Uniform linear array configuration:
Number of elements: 32
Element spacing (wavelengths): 0.5
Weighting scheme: exponential
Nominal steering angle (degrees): -60
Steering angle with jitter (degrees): -61.421
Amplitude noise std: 0.05
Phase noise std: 0.05

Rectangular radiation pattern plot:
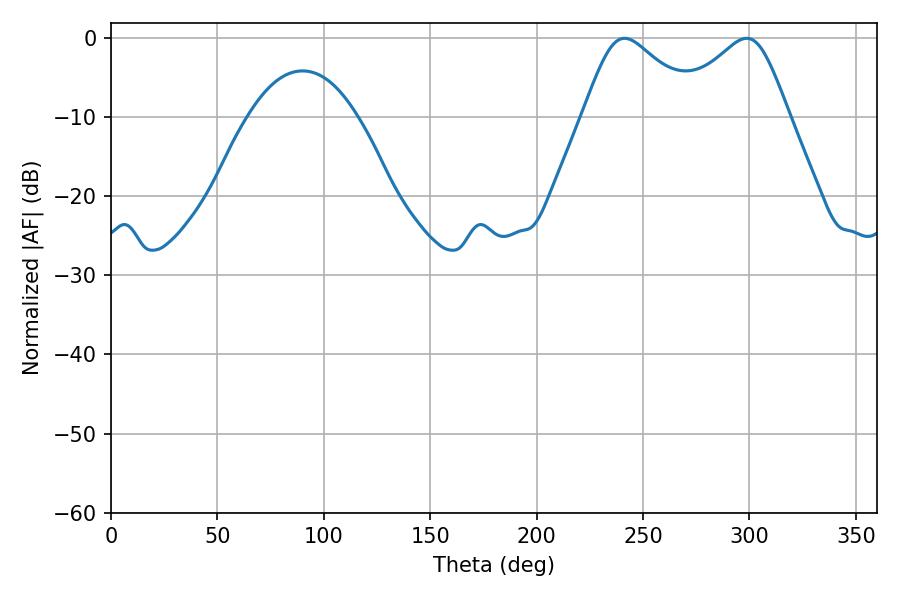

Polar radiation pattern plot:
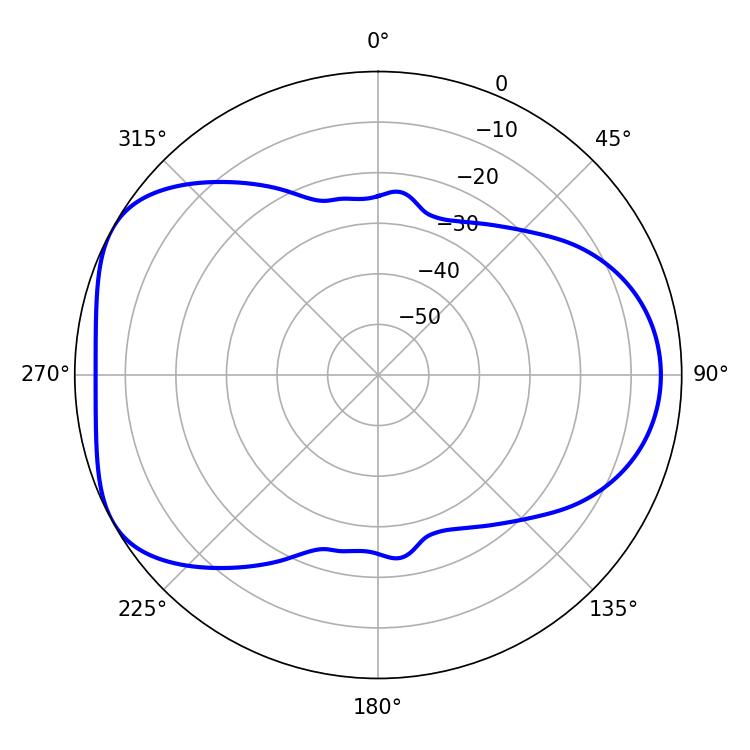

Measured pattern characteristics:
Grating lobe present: FALSE
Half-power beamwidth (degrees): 27.18
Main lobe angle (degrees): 241.38